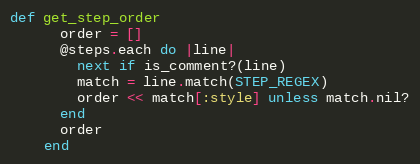
Language: Ruby
def get_step_order
      order = []
      @steps.each do |line|
        next if is_comment?(line)
        match = line.match(STEP_REGEX)
        order << match[:style] unless match.nil?
      end
      order
    end